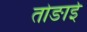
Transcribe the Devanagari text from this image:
तोङाई